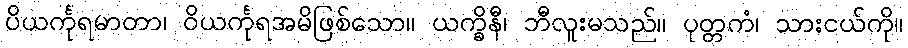
ပိယင်္ကုရမာတာ၊ ဝိယင်္ကုရအမိဖြစ်သော။ ယက္ခိနီ၊ ဘီလူးမသည်။ ပုတ္တကံ၊ သားငယ်ကို။